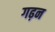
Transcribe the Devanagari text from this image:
गढ़न